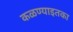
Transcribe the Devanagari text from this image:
कळण्याइतका